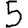
Digit: 5